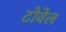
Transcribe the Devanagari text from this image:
टोवेल